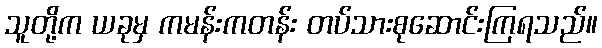
သူတို့က ယခုမှ ကမန်းကတန်း တပ်သားစုဆောင်းကြရသည်။